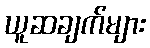
ယူဆချက်များ